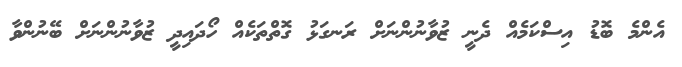
އެންމެ ބޮޑު އިސްކަމެއް ދެނީ ޒުވާނުންނަށް ރަނގަޅު ގޮތްތަކެއް ހޯދައިދީ ޒުވާނުންނަށް ބޭނުންވާ